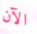
الآن